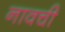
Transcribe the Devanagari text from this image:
नावची